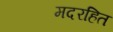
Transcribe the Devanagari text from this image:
मदरहित